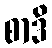
စာဒိ